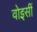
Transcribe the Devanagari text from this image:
वोइसीं